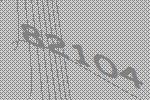
82104